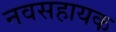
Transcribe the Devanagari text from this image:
नवसहायक